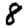
Digit: 8